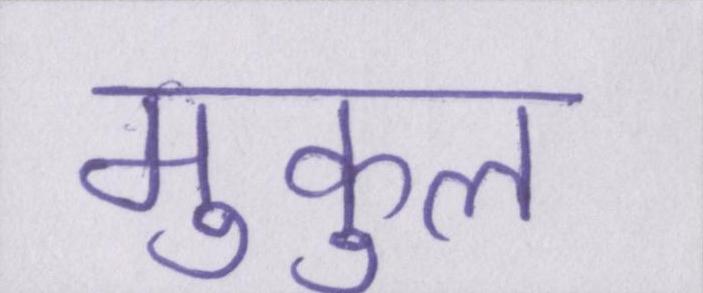
मुकुल